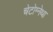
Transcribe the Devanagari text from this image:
चेटोग्नेथा